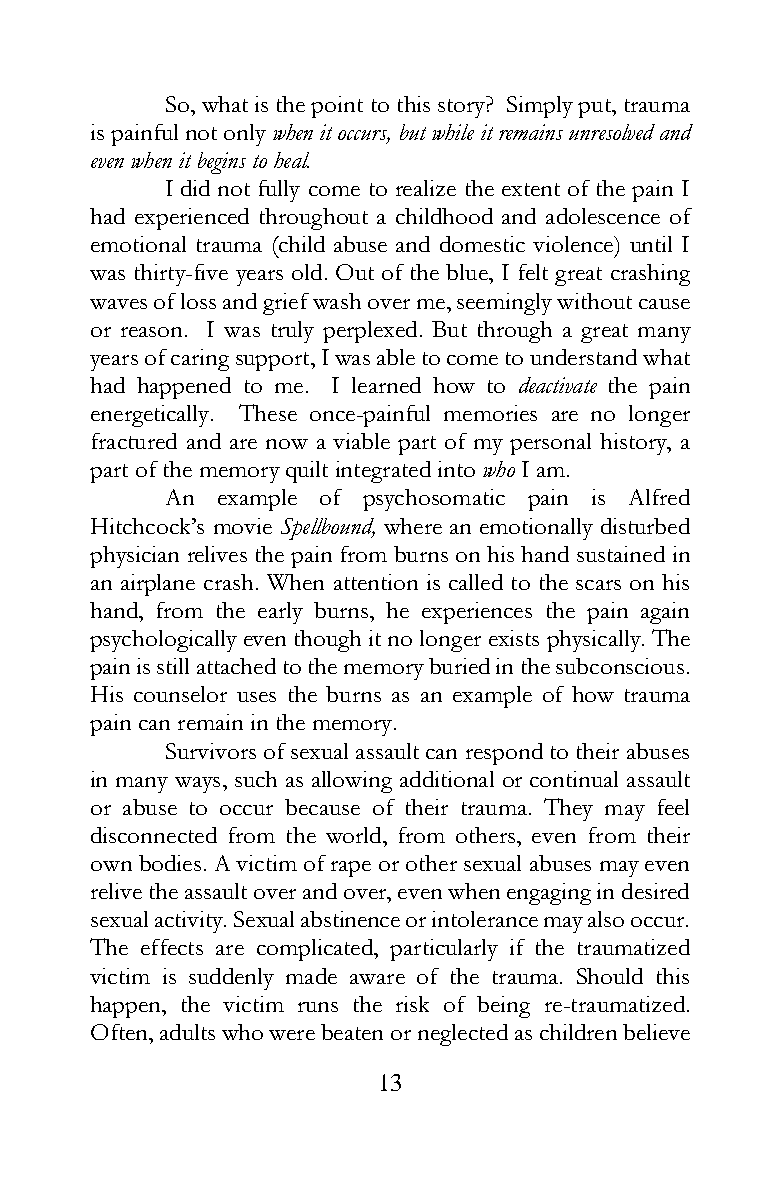
So, what is the point to this story? Simply put, trauma
 is painful not only when it occurs, but while it remains unresolved and
 even when it begins to heal.
 I did not fully come to realize the extent of the pain I
 had experienced throughout a childhood and adolescence of
 emotional trauma (child abuse and domestic violence) until I
 was thirty-five years old. Out of the blue, I felt great crashing
 waves of loss and grief wash over me, seemingly without cause
 or reason. I was truly perplexed. But through a great many
 years of caring support, I was able to come to understand what
 had happened to me. I learned how to deactivate the pain
 energetically. These once-painful memories are no longer
 fractured and are now a viable part of my personal history, a
 part of the memory quilt integrated into who I am.
 An example of psychosomatic pain is Alfred
 Hitchcock’s movie Spellbound, where an emotionally disturbed
 physician relives the pain from burns on his hand sustained in
 an airplane crash. When attention is called to the scars on his
 hand, from the early burns, he experiences the pain again
 psychologically even though it no longer exists physically. The
 pain is still attached to the memory buried in the subconscious.
 His counselor uses the burns as an example of how trauma
 pain can remain in the memory.
 Survivors of sexual assault can respond to their abuses
 in many ways, such as allowing additional or continual assault
 or abuse to occur because of their trauma. They may feel
 disconnected from the world, from others, even from their
 own bodies. A victim of rape or other sexual abuses may even
 relive the assault over and over, even when engaging in desired
 sexual activity. Sexual abstinence or intolerance may also occur.
 The effects are complicated, particularly if the traumatized
 victim is suddenly made aware of the trauma. Should this
 happen, the victim runs the risk of being re-traumatized.
 Often, adults who were beaten or neglected as children believe
 13